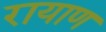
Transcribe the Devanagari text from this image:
रायाण